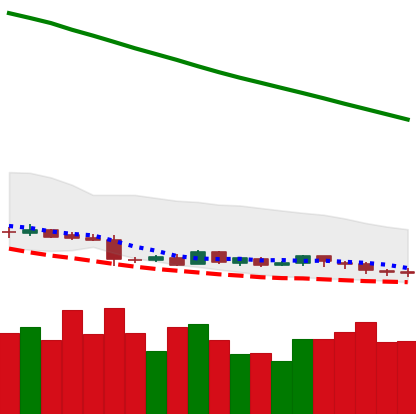
Ticker: DOGE-USD
Chart end date: 2019-01-24
Forward return: -5.493%
Label: down_5_7